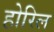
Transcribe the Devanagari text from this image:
होरिल